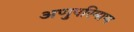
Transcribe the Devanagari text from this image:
अणुपरिमाण